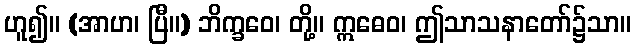
ဟူ၍။ (အာဟ၊ ပြီ။) ဘိက္ခဝေ၊ တို့။ ဣဓေဝ၊ ဤသာသနာတော်၌သာ။